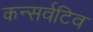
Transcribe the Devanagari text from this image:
कन्सर्वटिव